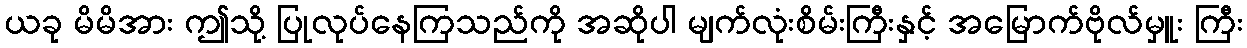
ယခု မိမိအား ဤသို့ ပြုလုပ်နေကြသည်ကို အဆိုပါ မျက်လုံးစိမ်းကြီးနှင့် အမြောက်ဗိုလ်မှူး ကြီး